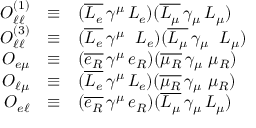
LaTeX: \begin{array} { r c l } { { { \cal O } _ { \ell \ell } ^ { ( 1 ) } } } & { { \equiv } } & { { ( \overline { { { L _ { e } } } } \, \gamma ^ { \mu } \, { L _ { e } } ) ( \overline { { { L _ { \mu } } } } \, \gamma _ { \mu } \, { L _ { \mu } } ) } } \\ { { { \cal O } _ { \ell \ell } ^ { ( 3 ) } } } & { { \equiv } } & { { ( \overline { { { L _ { e } } } } \, \gamma ^ { \mu } \, { \bf \vec { \tau } } \, { L _ { e } } ) ( \overline { { { L _ { \mu } } } } \, \gamma _ { \mu } \, { \bf \vec { \tau } } \, { L _ { \mu } } ) } } \\ { { { \cal O } _ { e \mu } } } & { { \equiv } } & { { ( \overline { { { e _ { R } } } } \, \gamma ^ { \mu } \, e _ { R } ) ( \overline { { { \mu _ { R } } } } \, \gamma _ { \mu } \, \, \mu _ { R } ) } } \\ { { { \cal O } _ { \ell \mu } } } & { { \equiv } } & { { ( \overline { { { L _ { e } } } } \, \gamma ^ { \mu } \, { L _ { e } } ) ( \overline { { { \mu _ { R } } } } \, \gamma _ { \mu } \, \, \mu _ { R } ) } } \\ { { { \cal O } _ { e \ell } } } & { { \equiv } } & { { ( \overline { { { e _ { R } } } } \, \gamma ^ { \mu } \, e _ { R } ) ( \overline { { { L _ { \mu } } } } \, \gamma _ { \mu } \, { L _ { \mu } } ) } } \end{array}